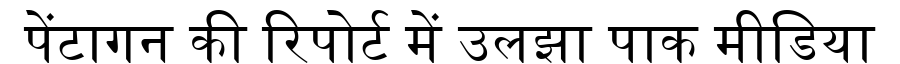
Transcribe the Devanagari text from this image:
पेंटागन की रिपोर्ट में उलझा पाक मीडिया